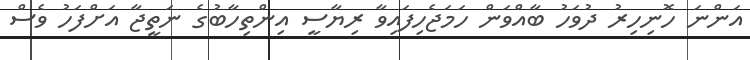
އަންނަ ހޮނިހިރު ދުވަހު ބާއްވަން ހަމަޖެހިފައިވާ ރިޔާސީ އިންތިހާބުގެ ނަތީޖާ އަށްފަހު ވެސް